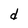
Character: d